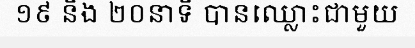
១៩ និង ២០នាទី បានឈ្លោះជាមួយ